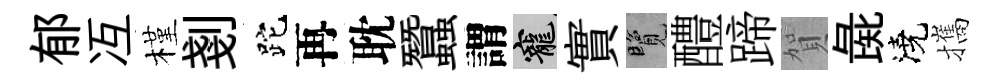
郁冱槿剗跎再耽蠶謂寵實覽醴蹄賀彘澆攜